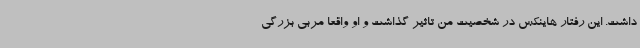
داشت. این رفتار هاینکس در شخصیت من تاثیر گذاشت و او واقعا مربی بزرگی